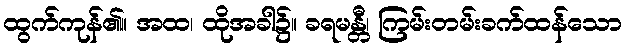
ထွက်ကုန်၏။ အထ၊ ထိုအခါ၌။ ခရမန္တီ၊ ကြမ်းတမ်းခက်ထန်သော